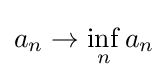
a_{n}\to \inf _{n}a_{n}